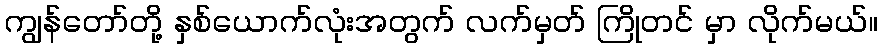
ကျွန်တော်တို့ နှစ်ယောက်လုံးအတွက် လက်မှတ် ကြိုတင် မှာ လိုက်မယ်။